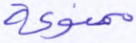
ممنوعة